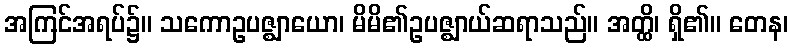
အကြင်အရပ်၌။ သကောဥပဇ္ဈာယော၊ မိမိ၏ဥပဇ္ဈာယ်ဆရာသည်။ အတ္ထိ၊ ရှိ၏။ တေန၊